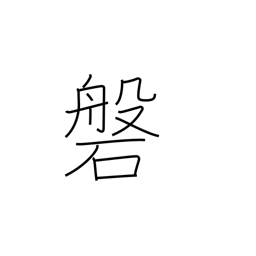
Meaning: wall (in a mine)